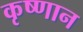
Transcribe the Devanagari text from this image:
कृष्णान